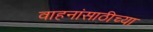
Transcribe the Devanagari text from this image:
वाहनांसाठीच्या